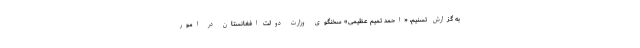
به گزارش تسنیم، «احمد تمیم عظیمی» سخنگوی وزارت دولت افغانستان در امور